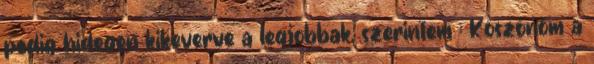
pedig hidegen kikeverve a legjobbak, szerintem : Köszönöm a